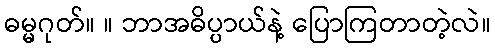
ဓမ္မဂုတ်။ ။ ဘာအဓိပ္ပာယ်နဲ့ ပြောကြတာတဲ့လဲ။